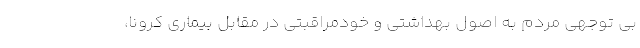
بی توجهی مردم به اصول بهداشتی و خودمراقبتی در مقابل بیماری کرونا،